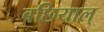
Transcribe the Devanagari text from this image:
बछियाल्